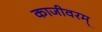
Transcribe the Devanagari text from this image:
काजीवरम्